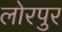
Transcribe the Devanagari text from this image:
लोरपुर